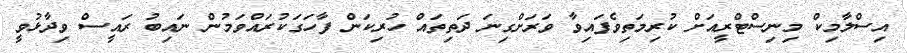
އިސްލާމިކް މިނިސްޓްރީއަށް ކުރިމަތިވެފައިވާ ވަރަށްގިނަ ދަތިތައް ހުރިކަން ފާހަގަކުރައްވަމުން ނައިބު ރައީސް ވިދާޅުވީ